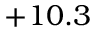
+ 1 0 . 3